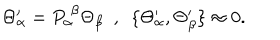
\Theta _ { \alpha } ^ { \prime } = P _ { \alpha } ^ { ~ \beta } \Theta _ { \beta } ~ ~ , ~ ~ \{ \Theta _ { \alpha } ^ { \prime } , \Theta _ { \beta } ^ { \prime } \} \approx 0 .